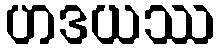
ဟဒယဿ